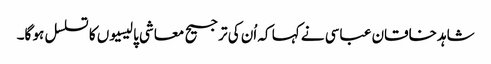
شاہد خاقان عباسی نے کہا کہ اُن کی ترجیح معاشی پالیسیوں کا تسلسل ہو گا۔